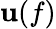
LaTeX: \operatorname{\mathbf{u}}(f)